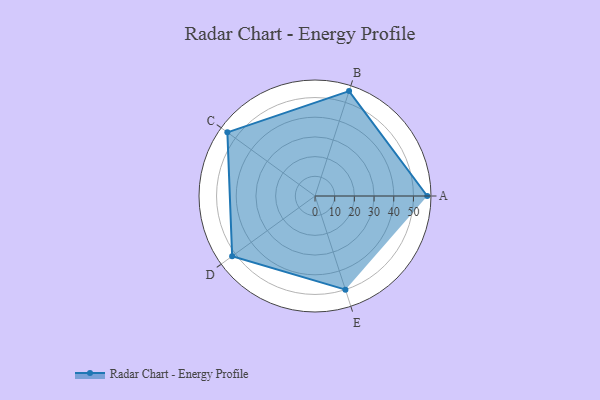
{"axis": {"x": "Skill", "y": "Score"}, "legend": ["Profile"], "data": [{"x": "A", "y": 57.0, "type": "Profile"}, {"x": "B", "y": 56.0, "type": "Profile"}, {"x": "C", "y": 55.0, "type": "Profile"}, {"x": "D", "y": 52.0, "type": "Profile"}, {"x": "E", "y": 50.0, "type": "Profile"}]}